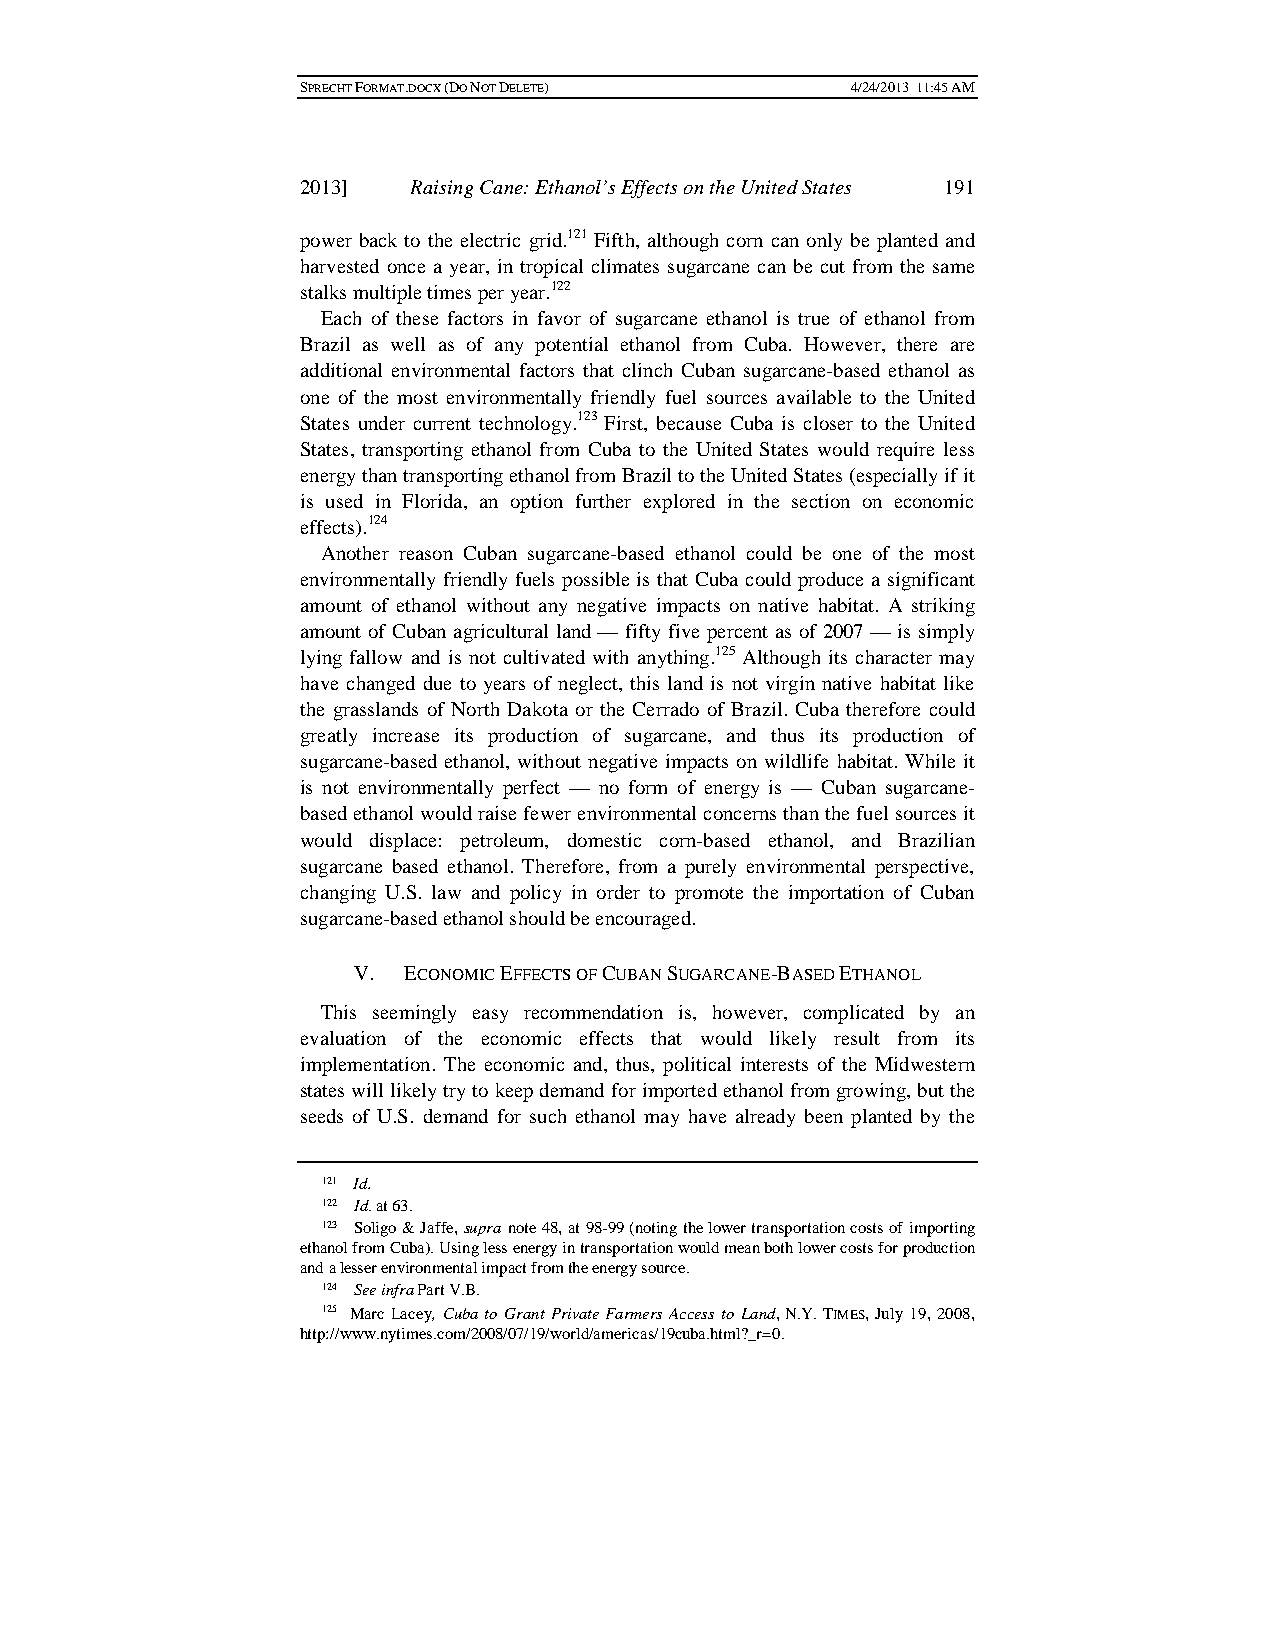
SPRECHT FORMAT.DOCX (DO NOT DELETE) 4/24/2013 11:45 AM
 2013]  Raising Cane: Ethanol’s Effects on the United States 191
 power back to the electric grid.121 Fifth, although corn can only be planted and
 harvested once a year, in tropical climates sugarcane can be cut from the same
 stalks multiple times per year.122
 Each of these factors in favor of sugarcane ethanol is true of ethanol from
 Brazil as well as of any potential ethanol from Cuba. However, there are
 additional environmental factors that clinch Cuban sugarcane-based ethanol as
 one of the most environmentally friendly fuel sources available to the United
 States under current technology.123 First, because Cuba is closer to the United
 States, transporting ethanol from Cuba to the United States would require less
 energy than transporting ethanol from Brazil to the United States (especially if it
 is used in Florida, an option further explored in the section on economic
 effects).124
 Another reason Cuban sugarcane-based ethanol could be one of the most
 environmentally friendly fuels possible is that Cuba could produce a significant
 amount of ethanol without any negative impacts on native habitat. A striking
 amount of Cuban agricultural land — fifty five percent as of 2007 — is simply
 lying fallow and is not cultivated with anything.125 Although its character may
 have changed due to years of neglect, this land is not virgin native habitat like
 the grasslands of North Dakota or the Cerrado of Brazil. Cuba therefore could
 greatly increase its production of sugarcane, and thus its production of
 sugarcane-based ethanol, without negative impacts on wildlife habitat. While it
 is not environmentally perfect — no form of energy is — Cuban sugarcane-
 based ethanol would raise fewer environmental concerns than the fuel sources it
 would displace: petroleum, domestic corn-based ethanol, and Brazilian
 sugarcane based ethanol. Therefore, from a purely environmental perspective,
 changing U.S. law and policy in order to promote the importation of Cuban
 sugarcane-based ethanol should be encouraged.
 V.  ECONOMIC EFFECTS OF CUBAN SUGARCANE-BASED ETHANOL
 This seemingly easy recommendation is, however, complicated by an
 evaluation of the economic effects that would likely result from its
 implementation. The economic and, thus, political interests of the Midwestern
 states will likely try to keep demand for imported ethanol from growing, but the
 seeds of U.S. demand for such ethanol may have already been planted by the
 121 Id.
 122 Id. at 63.
 123 Soligo & Jaffe, supra note 48, at 98-99 (noting the lower transportation costs of importing
 ethanol from Cuba). Using less energy in transportation would mean both lower costs for production
 and a lesser environmental impact from the energy source.
 124 See infra Part V.B.
 125 Marc Lacey, Cuba to Grant Private Farmers Access to Land, N.Y. TIMES, July 19, 2008,
 http://www.nytimes.com/2008/07/19/world/americas/19cuba.html?_r=0.